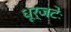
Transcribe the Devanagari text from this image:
धूर्जटेः